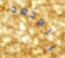
المجعد